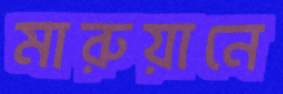
মারুয়ানে